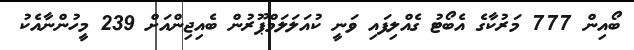
ބޯއިން 777 މަރުކާގެ އެބޯޓު ގެއްލިފައި ވަނީ ކުއަލަލަމްޕޫރުން ބެއިޖިންއަށް 239 މީހުންނާއެކު